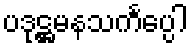
ပဒုဋ္ဌမနသင်္ကပ္ပေါ